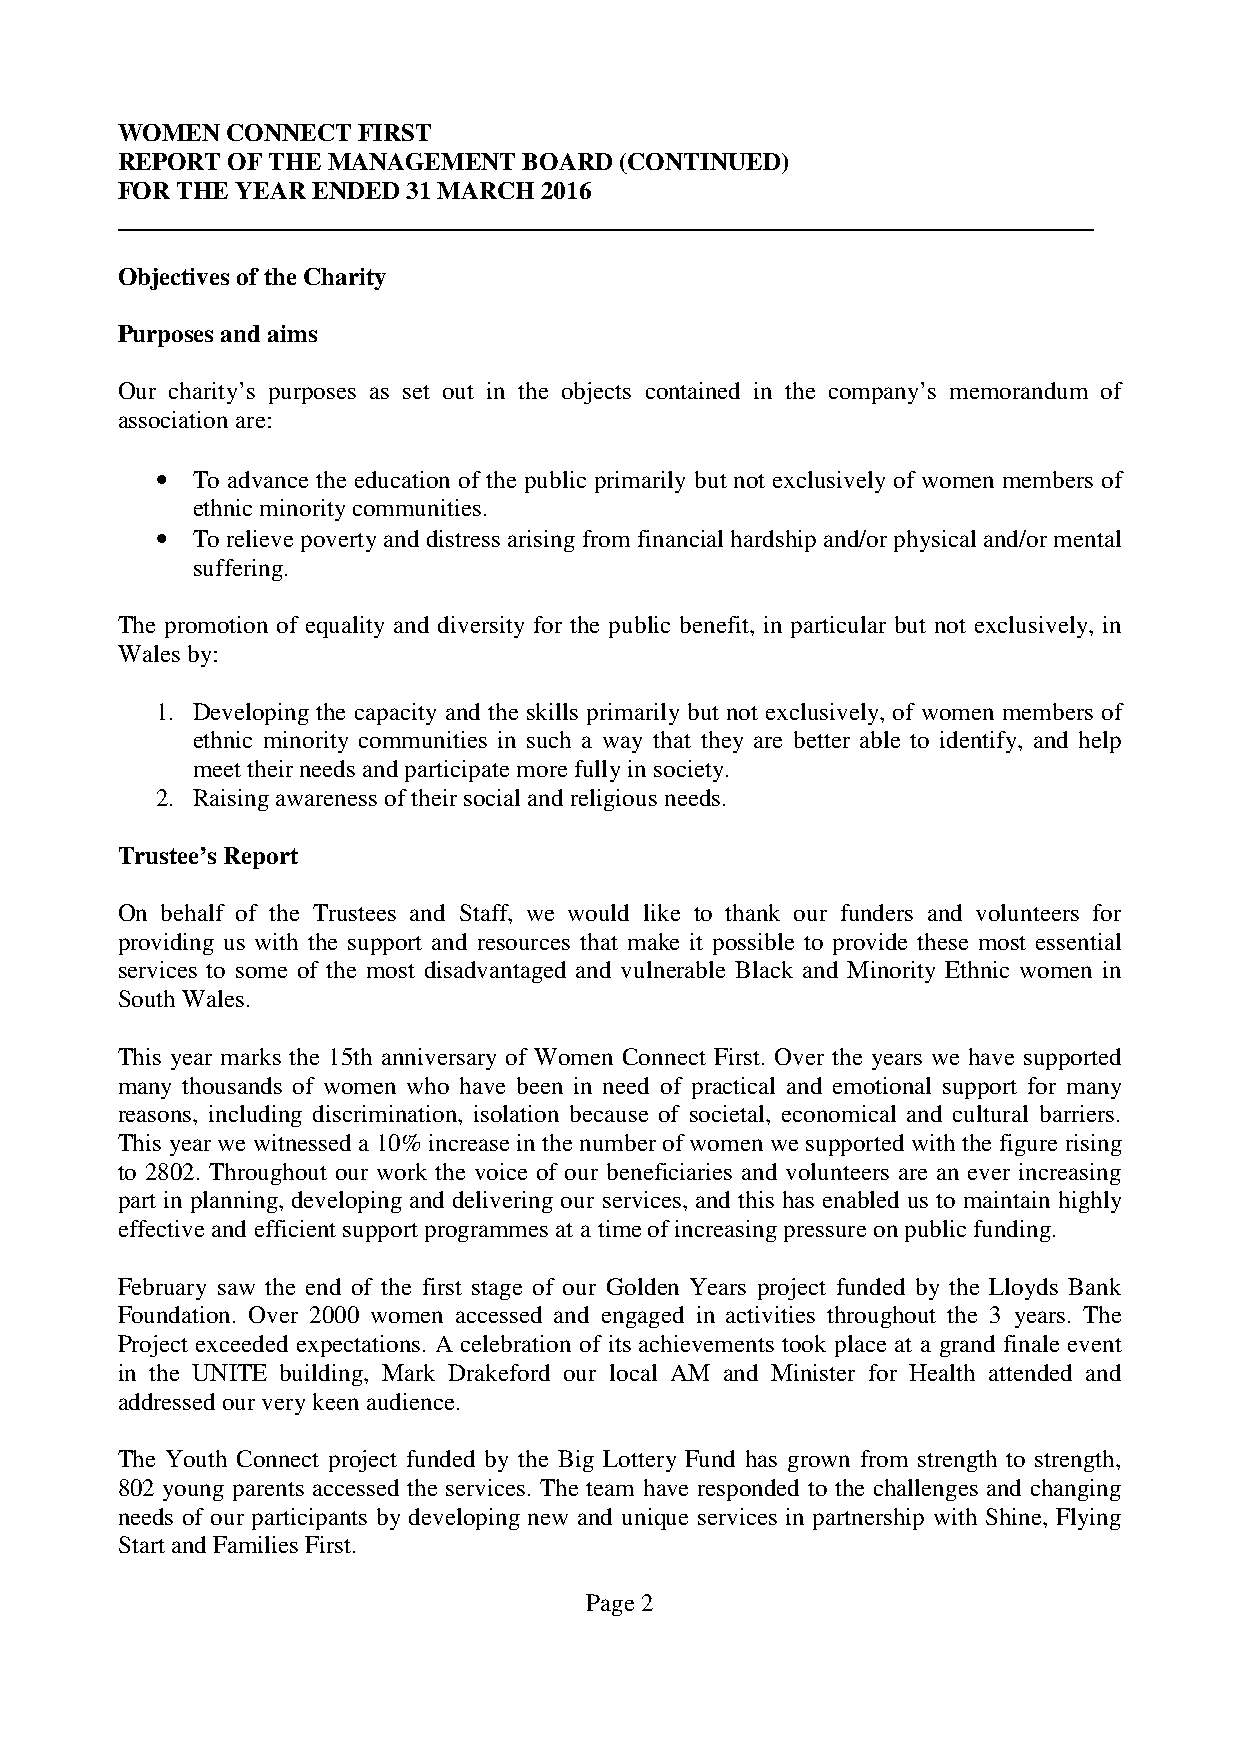
WOMEN  CONNECT  FIRST
 REPORT OF THE MANAGEMENT   BOARD (CONTINUED)
 FOR THE YEAR ENDED 31 MARCH 2016
 Objectives of the Charity
 Purposes and aims
 Our charity’s purposes as set out in the objects contained in the company’s memorandum of
 association are:
 •  To advance the education of the public primarily but not exclusively of women members of
 ethnic minority communities.
 •  To relieve poverty and distress arising from financial hardship and/or physical and/or mental
 suffering.
 The promotion of equality and diversity for the public benefit, in particular but not exclusively, in
 Wales by:
 1. Developing the capacity and the skills primarily but not exclusively, of women members of
 ethnic minority communities in such a way that they are better able to identify, and help
 meet their needs and participate more fully in society.
 2. Raising awareness of their social and religious needs.
 Trustee’s Report
 On behalf of the Trustees and Staff, we would like to thank our funders and volunteers for
 providing us with the support and resources that make it possible to provide these most essential
 services to some of the most disadvantaged and vulnerable Black and Minority Ethnic women in
 South Wales.
 This year marks the 15th anniversary of Women Connect First. Over the years we have supported
 many thousands of women who have been in need of practical and emotional support for many
 reasons, including discrimination, isolation because of societal, economical and cultural barriers.
 This year we witnessed a 10% increase in the number of women we supported with the figure rising
 to 2802. Throughout our work the voice of our beneficiaries and volunteers are an ever increasing
 part in planning, developing and delivering our services, and this has enabled us to maintain highly
 effective and efficient support programmes at a time of increasing pressure on public funding.
 February saw the end of the first stage of our Golden Years project funded by the Lloyds Bank
 Foundation. Over 2000 women accessed and engaged in activities throughout the 3 years. The
 Project exceeded expectations. A celebration of its achievements took place at a grand finale event
 in the UNITE building, Mark Drakeford our local AM and Minister for Health attended and
 addressed our very keen audience.
 The Youth Connect project funded by the Big Lottery Fund has grown from strength to strength,
 802 young parents accessed the services. The team have responded to the challenges and changing
 needs of our participants by developing new and unique services in partnership with Shine, Flying
 Start and Families First.
 Page 2